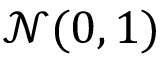
\mathcal N ( 0 , 1 )